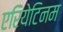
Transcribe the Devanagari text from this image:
एरियेटिनम